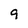
Character: 9